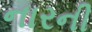
નારની